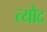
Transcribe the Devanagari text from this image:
त्यौद